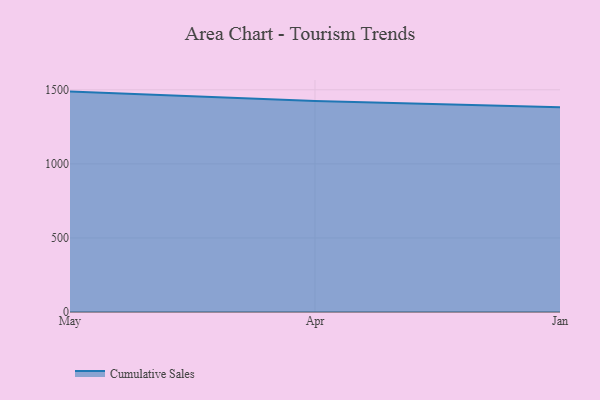
{"axis": {"x": "Month", "y": "Budget (USD K)"}, "legend": ["Cumulative Sales"], "data": [{"x": "May", "y": 1487.9, "type": "Cumulative Sales"}, {"x": "Apr", "y": 1424.2, "type": "Cumulative Sales"}, {"x": "Jan", "y": 1382.9, "type": "Cumulative Sales"}]}